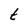
Character: t